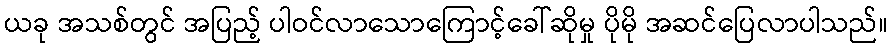
ယခု အသစ်တွင် အပြည့် ပါဝင်လာသောကြောင့်ခေါ်ဆိုမှု ပိုမို အဆင်ပြေလာပါသည်။